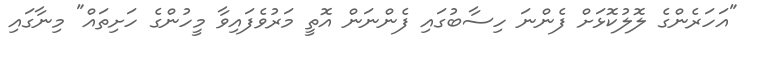
"އަހަރެންގެ ލޮލުކޮޅަށް ފެންނަ ހިސާބުގައި ފެންނަން އޮތީ މަރުވެފައިވާ މީހުންގެ ހަށިތައް" މިނާގައި